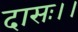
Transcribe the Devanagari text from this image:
दासः।।